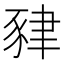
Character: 𧱇